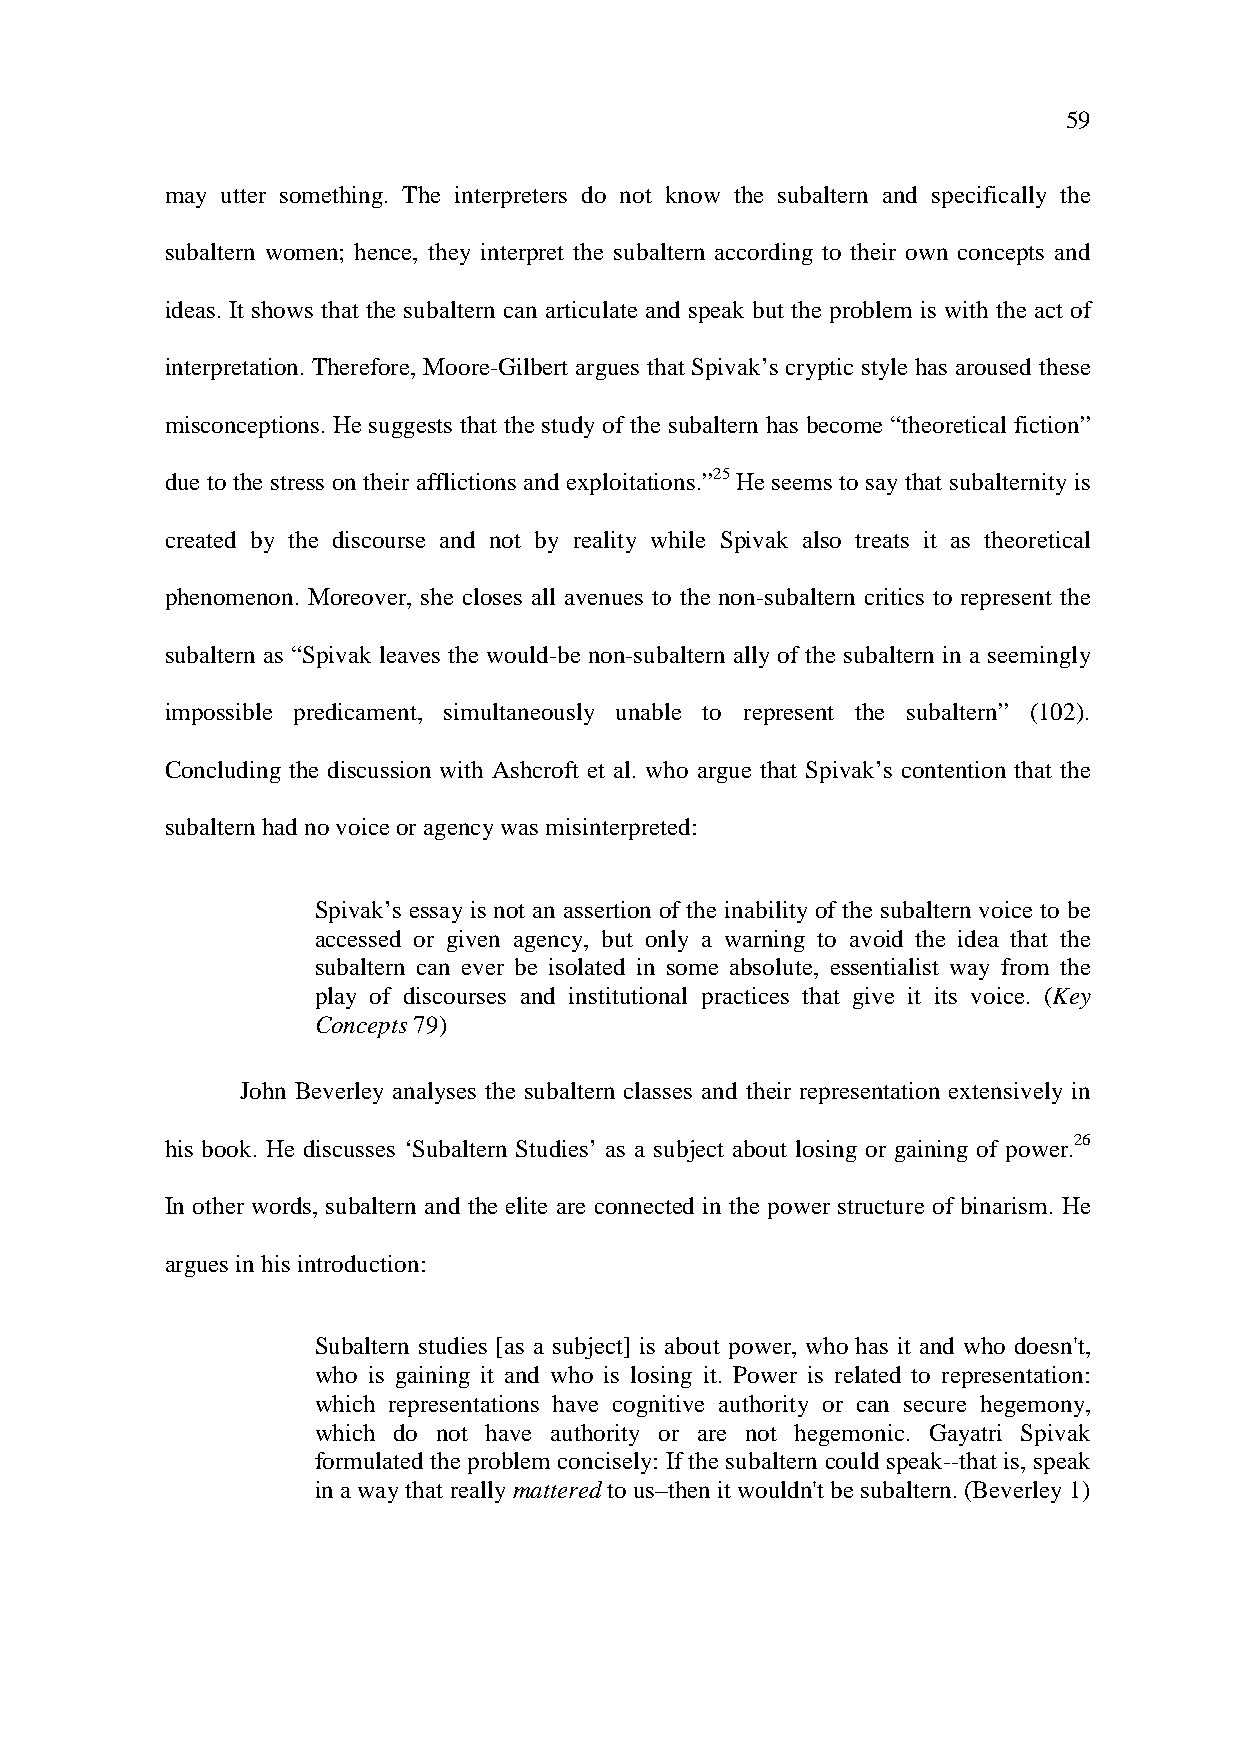
59
 may utter something. The interpreters do not know the subaltern and specifically the
 subaltern women; hence, they interpret the subaltern according to their own concepts and
 ideas. It shows that the subaltern can articulate and speak but the problem is with the act of
 interpretation. Therefore, Moore-Gilbert argues that Spivak’s cryptic style has aroused these
 misconceptions. He suggests that the study of the subaltern has become “theoretical fiction”
 due to the stress on their afflictions and exploitations.”25 He seems to say that subalternity is
 created by the discourse and not by reality while Spivak also treats it as theoretical
 phenomenon. Moreover, she closes all avenues to the non-subaltern critics to represent the
 subaltern as “Spivak leaves the would-be non-subaltern ally of the subaltern in a seemingly
 impossible predicament, simultaneously unable to represent the subaltern” (102).
 Concluding the discussion with Ashcroft et al. who argue that Spivak’s contention that the
 subaltern had no voice or agency was misinterpreted:
 Spivak’s essay is not an assertion of the inability of the subaltern voice to be
 accessed or given agency, but only a warning to avoid the idea that the
 subaltern can ever be isolated in some absolute, essentialist way from the
 play of discourses and institutional practices that give it its voice. (Key
 Concepts 79)
 John Beverley analyses the subaltern classes and their representation extensively in
 his book. He discusses ‘Subaltern Studies’ as a subject about losing or gaining of power.26
 In other words, subaltern and the elite are connected in the power structure of binarism. He
 argues in his introduction:
 Subaltern studies [as a subject] is about power, who has it and who doesn't,
 who is gaining it and who is losing it. Power is related to representation:
 which representations have cognitive authority or can secure hegemony,
 which do not have authority or are not hegemonic. Gayatri Spivak
 formulated the problem concisely: If the subaltern could speak--that is, speak
 in a way that really mattered to us–then it wouldn't be subaltern. (Beverley 1)